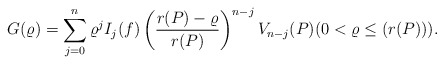
\begin{align*}G(\varrho)=\sum_{j=0}^{n} \varrho^{j}I_j(f)\left (\frac{r(P)-\varrho}{r(P)}\right )^{n-j} V_{n-j}(P)(0< \varrho\leq (r(P))).\end{align*}